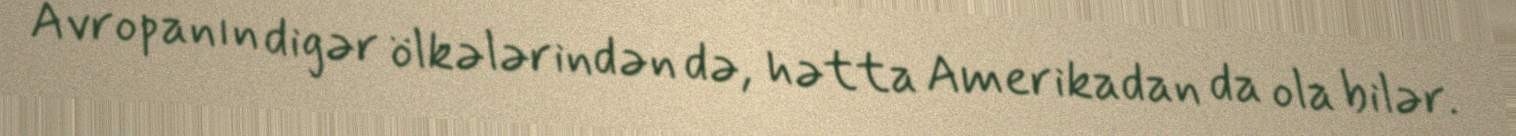
Avropanın digər ölkələrindən də, hətta Amerikadan da ola bilər.